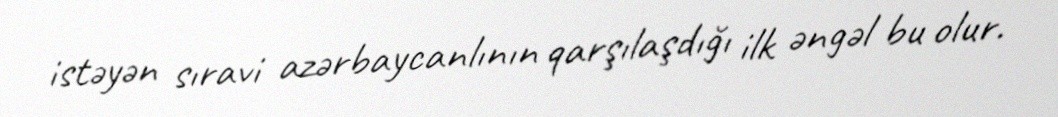
istəyən sıravi azərbaycanlının qarşılaşdığı ilk əngəl bu olur.